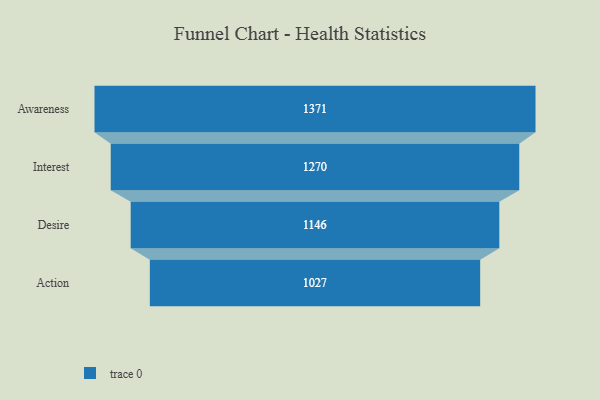
{"axis": {"x": "Stage", "y": "Value"}, "legend": [""], "data": [{"x": "Awareness", "y": 1371.0, "type": ""}, {"x": "Interest", "y": 1270.0, "type": ""}, {"x": "Desire", "y": 1146.0, "type": ""}, {"x": "Action", "y": 1027.0, "type": ""}]}